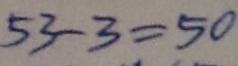
5 3 - 3 = 5 0